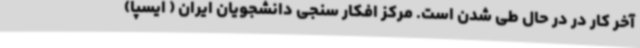
آخر کار در در حال طی شدن است. مرکز افکار سنجی دانشجویان ایران ( ایسپا)